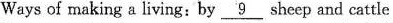
Ways of making a living: by \underline{9} sheep and cattle